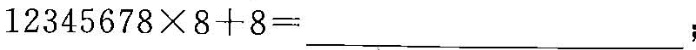
$$1 2 3 4 5 6 7 8 \times 8 + 8 = ___$$